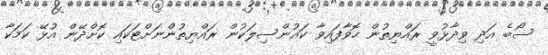
ސޯބެ އަދި ވިދާޅުވީ ރައްޔިތުން ހޮވާފައިވާ ކައުންސިލަކުން ރައްޔިތުންނަށްޓަކައި ކޮށްދޭން އުޅޭ ކަމަކާ